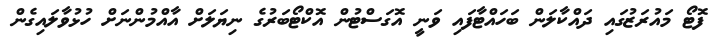
ފޮޓޯ މައުރަޒުގައި ދައްކާލަން ބަހައްޓާފައި ވަނީ އޮގަސްޓުން އޮކްޓޯބަރުގެ ނިޔަލަށް އާއްމުންނަށް ހުޅުވާލައިގެން